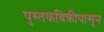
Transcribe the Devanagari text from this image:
पुस्तकविक्रीपासून